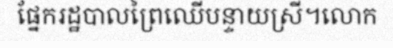
ផ្នែករដ្ឋបាលព្រៃឈើបន្ទាយស្រី។លោក